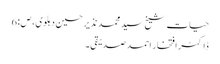
حیات شیخ سید محمد نذیر حسین دہلوی، ص:6
ڈاکٹر افتخار احمد صدیقی۔